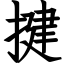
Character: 揵